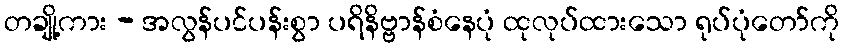
တချို့ကား - အလွန်ပင်ပန်းစွာ ပရိနိဗ္ဗာန်စံနေပုံ ထုလုပ်ထားသော ရုပ်ပုံတော်ကို